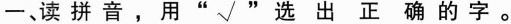
一、读拼音，用”√”选出正确的字。